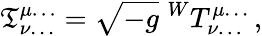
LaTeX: {\mathfrak{T}}_{\nu\dots}^{\mu\dots}={\sqrt{-g}}\; ^{W}T_{\nu\dots}^{\mu\dots}\, ,